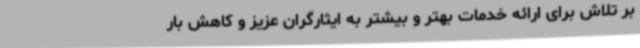
بر تلاش برای ارائه خدمات بهتر و بیشتر به ایثارگران عزیز و کاهش بار